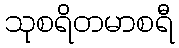
သုစရိတမာစရီ